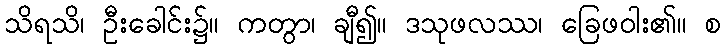
သိရသိ၊ ဦးခေါင်း၌။ ကတွာ၊ ချီ၍။ ဒသုဖလဿ၊ ခြေဖဝါး၏။ စ